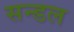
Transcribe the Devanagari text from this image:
सन्डल